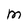
Character: M